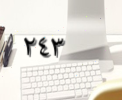
٢٤٣